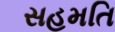
સહમતિ